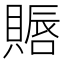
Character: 䞅